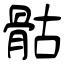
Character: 骷